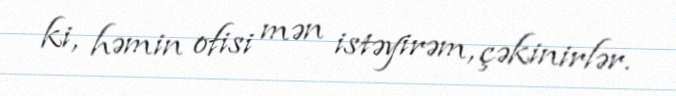
ki, həmin ofisi mən istəyirəm, çəkinirlər.